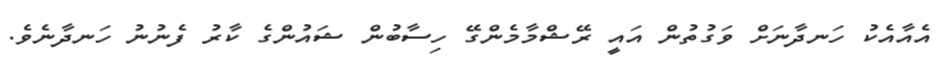
އެއާއެކު ހަނދާނަށް ވަގުތުން އައީ ރޭޝްމާމެންގޭ ހިސާބުން ޝައުންގެ ކާރު ފެނުނު ހަނދާނެވެ.